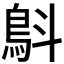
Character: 𩿚